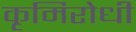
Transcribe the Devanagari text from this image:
कृमिरोधी